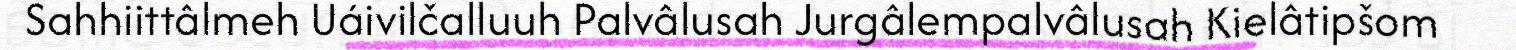
Sahhiittâlmeh Uáivilčalluuh Palvâlusah Jurgâlempalvâlusah Kielâtipšom